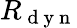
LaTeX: R_{\mathrm{~d~y~n~}}